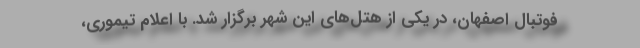
فوتبال اصفهان، در یکی از هتل‌های این شهر برگزار شد. با اعلام تیموری،